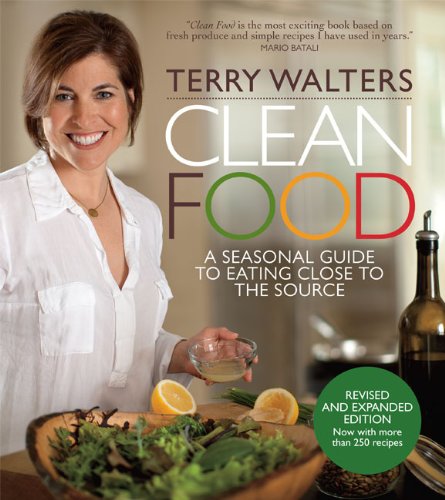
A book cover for Clean Food, Revised Edition: A Seasonal Guide to Eating Close to the Source; Terry Walters; Cookbooks, Food & Wine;